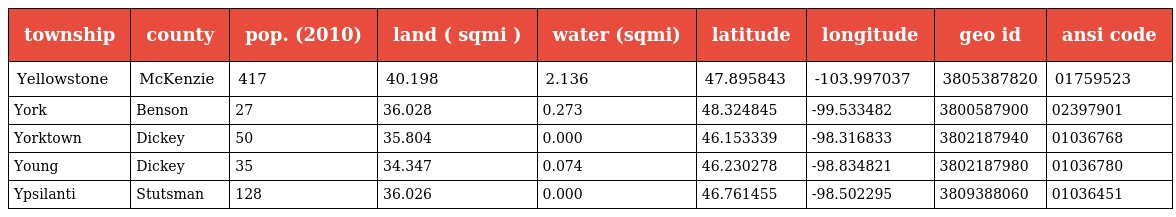
| township | county | pop. (2010) | land ( sqmi ) | water (sqmi) | latitude | longitude | geo id | ansi code |
 | --- | --- | --- | --- | --- | --- | --- | --- | --- |
 | Yellowstone | McKenzie | 417 | 40.198 | 2.136 | 47.895843 | -103.997037 | 3805387820 | 01759523 |
 | York | Benson | 27 | 36.028 | 0.273 | 48.324845 | -99.533482 | 3800587900 | 02397901 |
 | Yorktown | Dickey | 50 | 35.804 | 0.000 | 46.153339 | -98.316833 | 3802187940 | 01036768 |
 | Young | Dickey | 35 | 34.347 | 0.074 | 46.230278 | -98.834821 | 3802187980 | 01036780 |
 | Ypsilanti | Stutsman | 128 | 36.026 | 0.000 | 46.761455 | -98.502295 | 3809388060 | 01036451 |